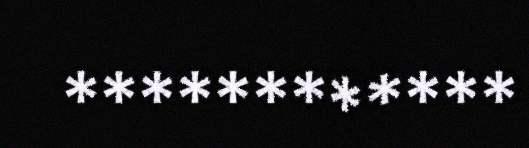
************